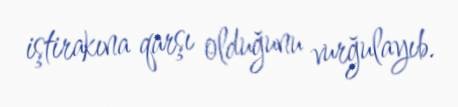
iştirakına qarşı olduğunu vurğulayıb.